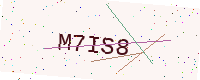
Text: M7IS8